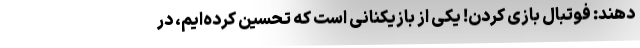
دهند: فوتبال بازی کردن! یکی از بازیکنانی است که تحسین کرده‌ایم، در